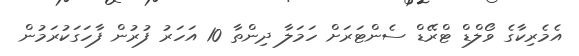
އެމެރިކާގެ ވޯލްޑް ޓްރޭޑް ސެންޓަރަށް ހަމަލާ ދިންތާ 10 އަހަރު ފުރުން ފާހަގަކުރަމުން